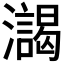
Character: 𰝯